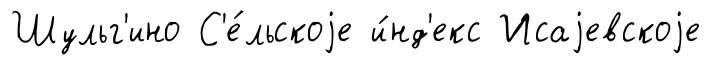
Шульг'ино С'е́льскоjе и́нд'екс Исаjевскоjе